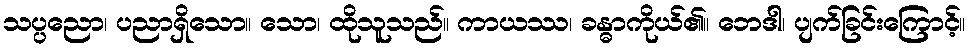
သပ္ပညော၊ ပညာရှိသော။ သော၊ ထိုသူသည်။ ကာယဿ၊ ခန္ဓာကိုယ်၏။ ဘေဒါ၊ ပျက်ခြင်းကြောင့်။